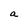
Character: a